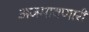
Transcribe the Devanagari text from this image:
अजमावणारी